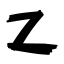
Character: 乙